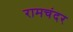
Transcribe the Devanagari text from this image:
रामचंदर